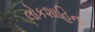
લોકશાહિના